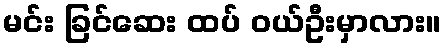
မင်း ခြင်ဆေး ထပ် ဝယ်ဦးမှာလား။